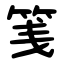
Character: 䇳